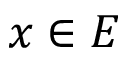
x \in E